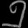
Digit: ၅